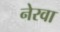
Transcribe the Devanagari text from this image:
नेरवा